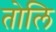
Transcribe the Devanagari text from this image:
तोलि